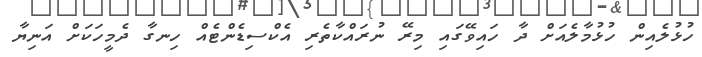
ހުޅުލެއިން ހުޅުމާލެއަށް ދާ ހައިވޭގައި މިރޭ ނުރައްކާތެރި އެކްސިޑެންޓެއް ހިނގާ ދެމީހަކަށް އަނިޔާ